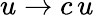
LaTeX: u\rightarrow c\, u